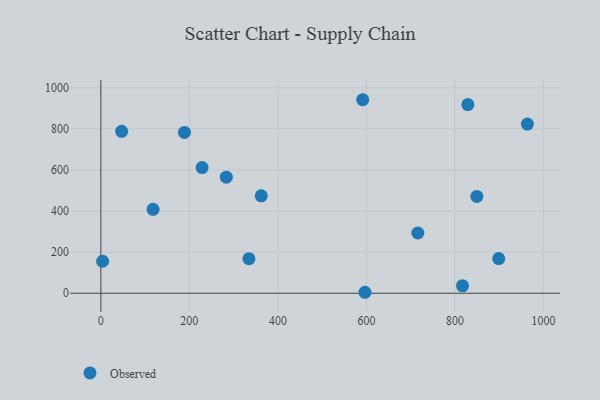
{"axis": {"x": "Ad Spend", "y": "Yield"}, "legend": ["Observed"], "data": [{"x": "963.7", "y": 823.5, "type": "Observed"}, {"x": "283.5", "y": 564.7, "type": "Observed"}, {"x": "898.9", "y": 168.5, "type": "Observed"}, {"x": "849.5", "y": 471.3, "type": "Observed"}, {"x": "47.0", "y": 788.0, "type": "Observed"}, {"x": "4.0", "y": 155.7, "type": "Observed"}, {"x": "817.1", "y": 36.3, "type": "Observed"}, {"x": "362.4", "y": 474.1, "type": "Observed"}, {"x": "334.6", "y": 168.2, "type": "Observed"}, {"x": "596.7", "y": 4.7, "type": "Observed"}, {"x": "118.0", "y": 408.3, "type": "Observed"}, {"x": "716.2", "y": 293.1, "type": "Observed"}, {"x": "591.7", "y": 941.8, "type": "Observed"}, {"x": "829.2", "y": 918.4, "type": "Observed"}, {"x": "228.7", "y": 611.5, "type": "Observed"}, {"x": "188.9", "y": 782.8, "type": "Observed"}]}